NAE_ERA_R-2078_Sihtasutus_Eesti_Kontsert, lk 21
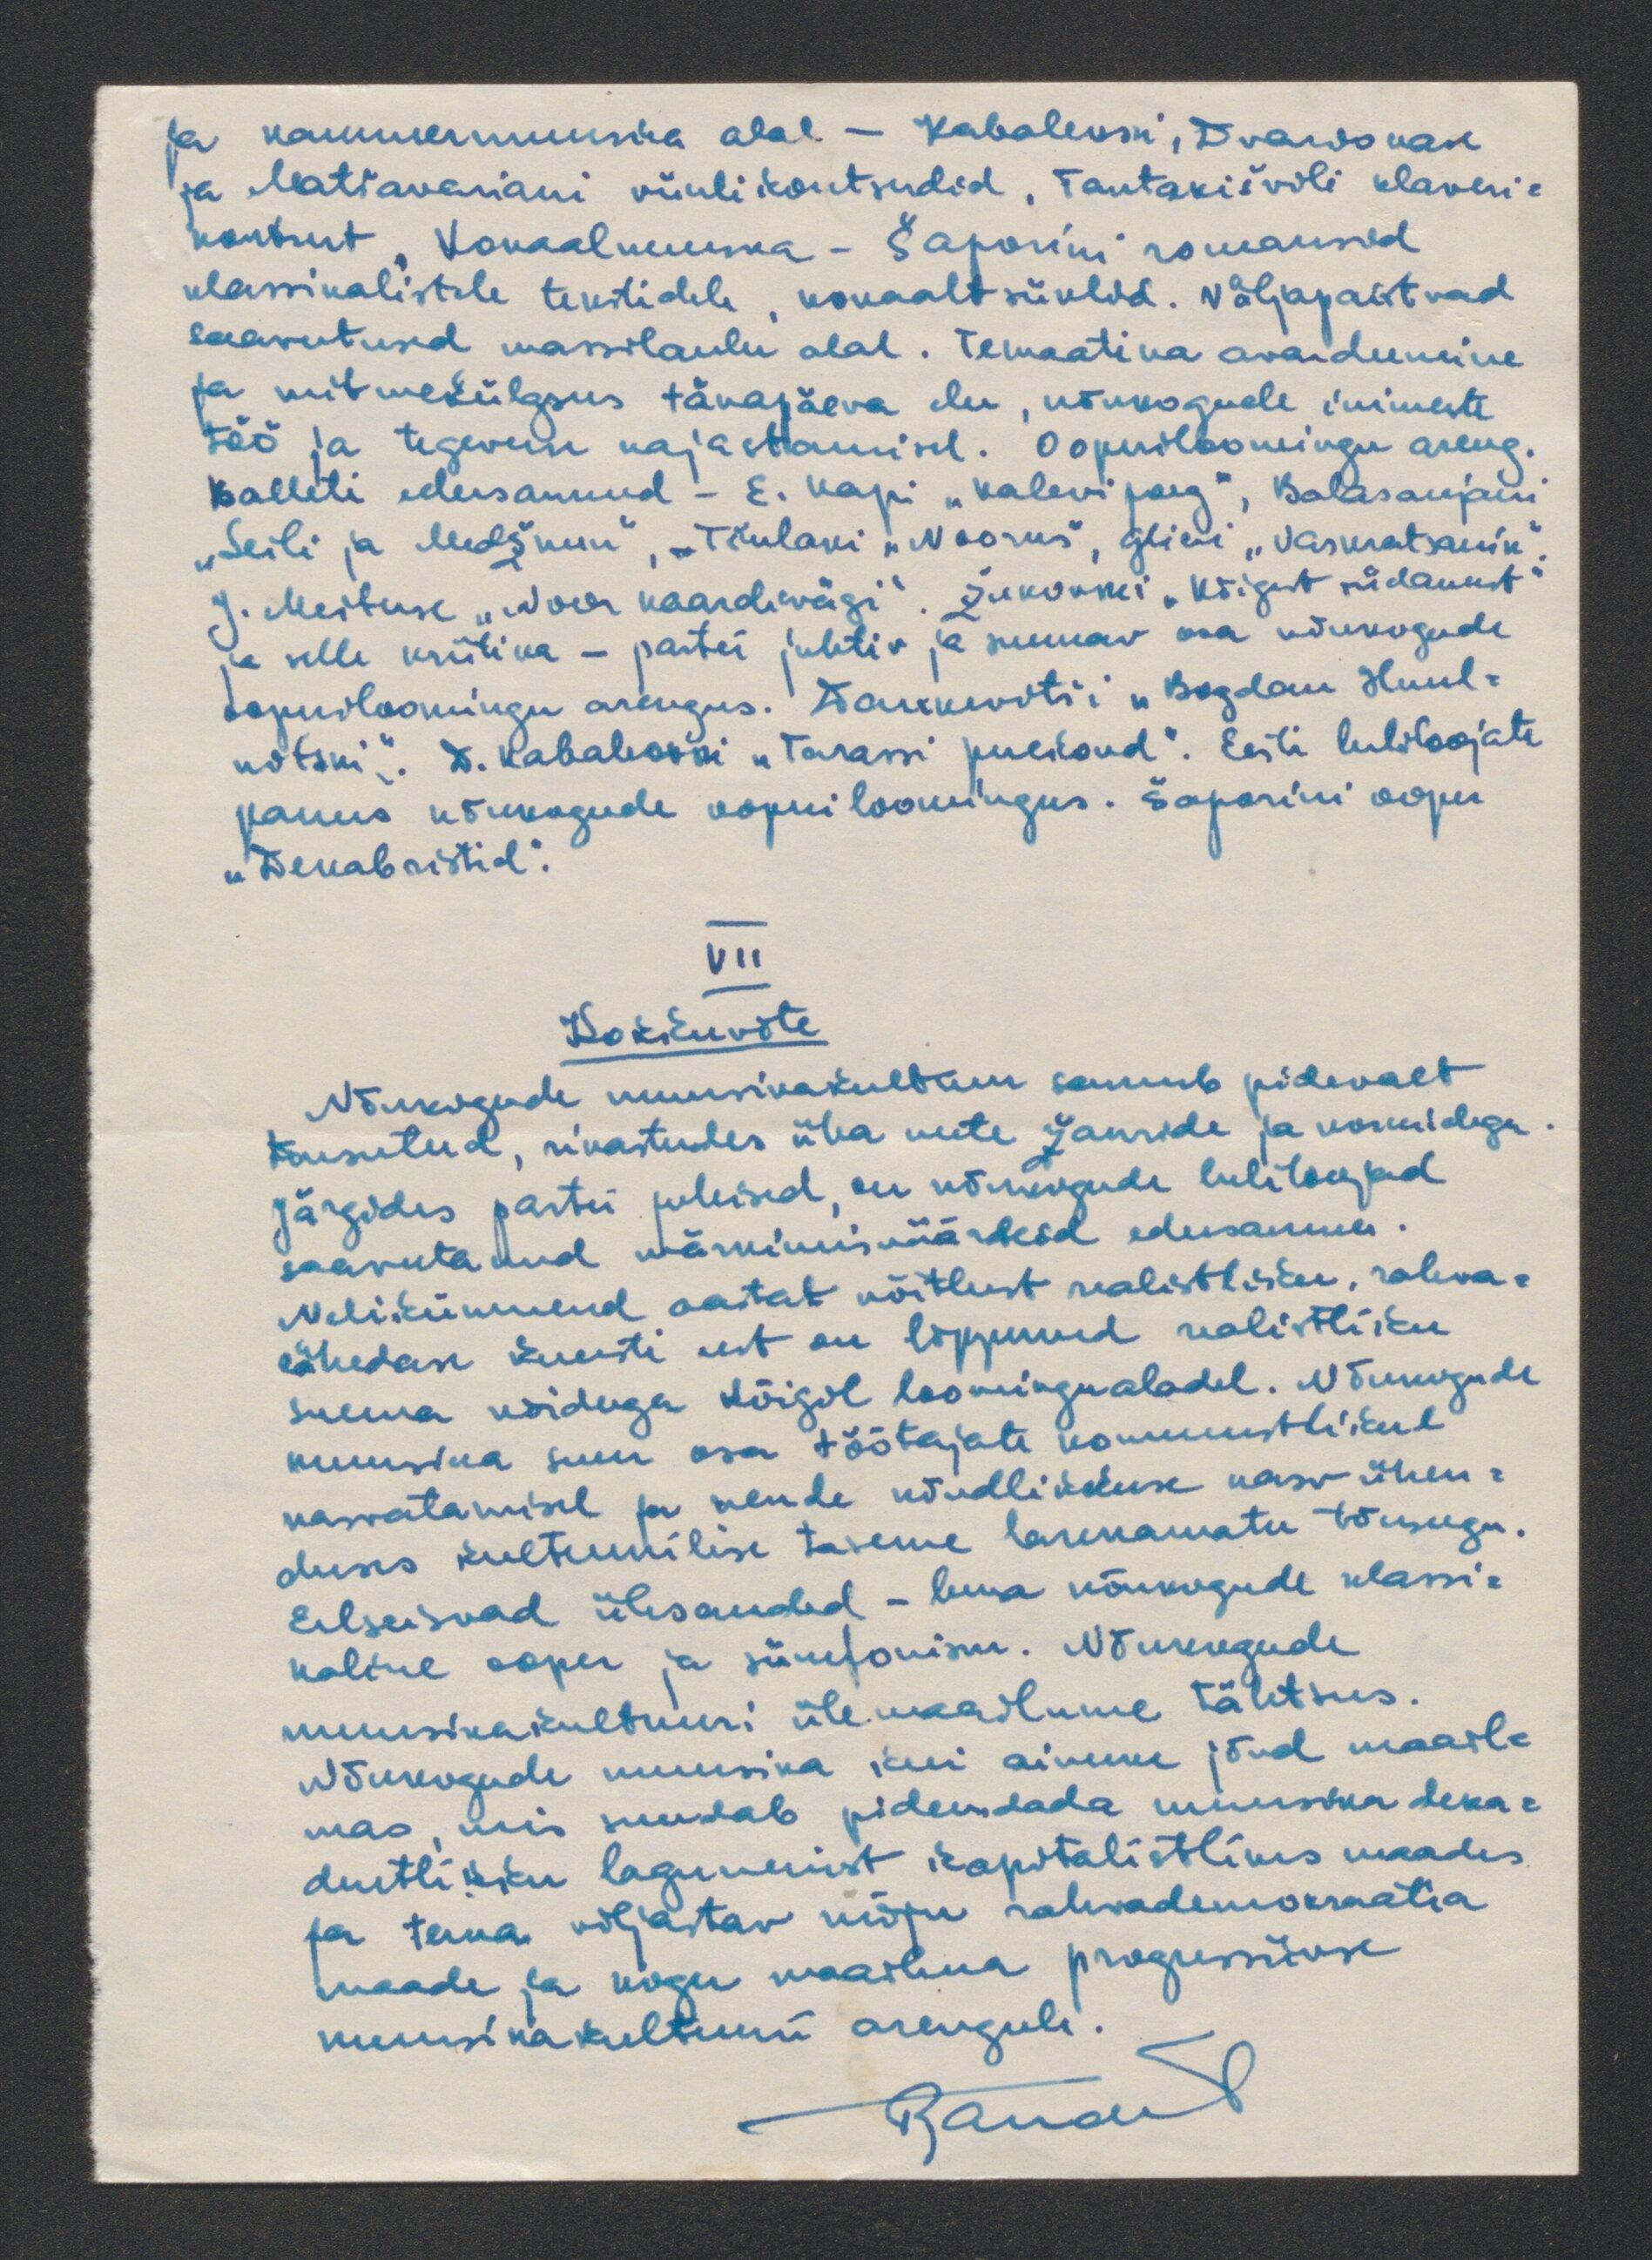
Ja kammermuusika alal - Kabalevsi, Evakonak
ja Matjavariani viiulikontserdid. Tantakišvili klaveri-
kontsert, Vokaalmuusika - Šaporini romanssid
klassikalistele tekstidele, vokaaltsüklid. Väljapaistvad
saavutused marsilaulu alal. Temaatika avardumine
ja mitmekülgsus tänapäeva elu, nõukogude inimeste
töö ja tegevuse kajastamisel. Ooperiloomingu areng.
balleti edusammud - E. Kapi "Kalevipoeg", Balasanjani
„Leili ja Medžuum, „Tšulavi "Noorus", Glieri, "Vaskratsanik"
J. Meituse "Noor kaardivägi". Žukovski "Kõigest südamest"
ja selle kriitika - partei juhtiv ja suunav osa nõukogude
topuloomingu arengus. Dankovitši "Bogdan Huul-
notski". D. Kababovski "Tarassi juulnud". Eesti heliloojate
panus nõukogude ooperi loomingus. Šaporini ooper
"Dekabristid".
VII
Kokkuvõte
Nõukogude muusikakultuur sammub pidevalt
tõusuteed, rikastudes üha uute žanride ja vormidega
järgides partei juhised, on nõukogude heliloojad
saavutanud märkimisväärseid edusamme
Nelikümmend aastat võitlust realistliku, rahva-
lähedase kunsti eest on lõppunud realistliku
suurema võiduga kõigil loomingualadel. Nõukogude
muusika suur osa töötajate kommunistlikul
kasvatamisel ja nende nõudlikkuse kasv ühen-
duks kultuurilise taseme lakkamatu tõusuga.
Eelseisvad ülesanded - luua nõukogude klassi-
kaline ooper ja sümfonism. Nõukogude
muusikakultuuri ülemaailmne tähtsus.
Nõukogude muusika kui ainuke jõud maail-
mas, mis suudab pidurdada muusika deka-
dentlikku lagunemist kapitalistlikes maades
ja tema viljastav mõju rahvademokraatia
maade ja kogu maailma progressiiivse
muusikakultuurii arengule.
Raudud